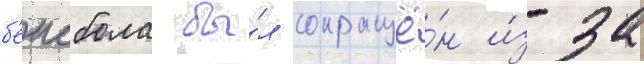
б'еисбола бы́л сокращё́н и́з-за